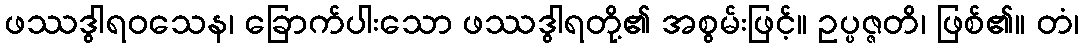
ဖဿဒွါရဝသေန၊ ခြောက်ပါးသော ဖဿဒွါရတို့၏ အစွမ်းဖြင့်။ ဥပ္ပဇ္ဇတိ၊ ဖြစ်၏။ တံ၊